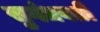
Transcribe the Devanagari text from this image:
सुगंधवर्ती